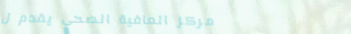
مركز العافية الصحي يقدم ل